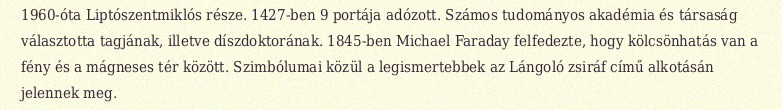
1960-óta Liptószentmiklós része. 1427-ben 9 portája adózott. Számos tudományos akadémia és társaság választotta tagjának, illetve díszdoktorának. 1845-ben Michael Faraday felfedezte, hogy kölcsönhatás van a fény és a mágneses tér között. Szimbólumai közül a legismertebbek az Lángoló zsiráf című alkotásán jelennek meg.